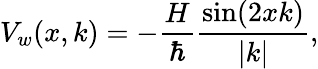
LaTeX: V_{w}(x,k)=-\frac{H}{\hbar}\frac{\sin(2xk)}{|k|},